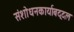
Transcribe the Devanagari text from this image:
संशोधनकार्याबद्दल